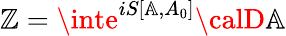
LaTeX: \mathbb{Z}=\inte^{iS[\mathbb{{A}},A_{0}]}{\calD}\mathbb{{A}}